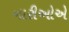
નારીઓએ